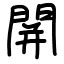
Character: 䦕